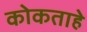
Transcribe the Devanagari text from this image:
कोकताहे